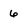
Character: 6